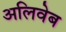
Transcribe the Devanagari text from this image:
अलिवेब